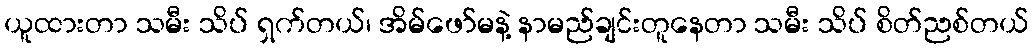
ယူထားတာ သမီး သိပ် ရှက်တယ်၊ အိမ်ဖော်မနဲ့ နာမည်ချင်းတူနေတာ သမီး သိပ် စိတ်ညစ်တယ်